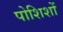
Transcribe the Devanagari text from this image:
पोशिशों